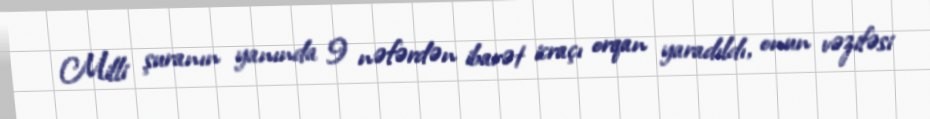
Milli şuranın yanında 9 nəfərdən ibarət icraçı orqan yaradıldı, onun vəzifəsi